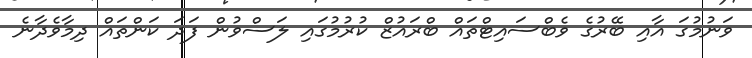
ވަނުމުގަ އާއި ބޭރުގެ ވެބްސައިޓްތައް ބްރައުޒް ކުރުމުގައި ލަސްވުން ފަދަ ކަންތައް ދިމާވެދާނެ